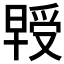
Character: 𭧃